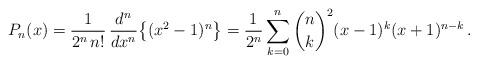
LaTeX: \begin{align*}P_n(x)=\frac{1}{2^n\,n!}\,\frac{d^{n}}{dx^{n}}\big\{(x^2-1)^{n}\big\}=\frac{1}{2^{n}}\sum_{k=0}^{n}\binom{n}{k}^2(x-1)^k(x+1)^{n-k}\,.\end{align*}